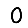
Digit: 0